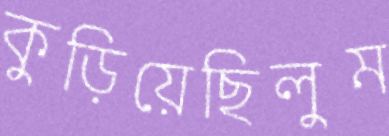
কুড়িয়েছিলুম